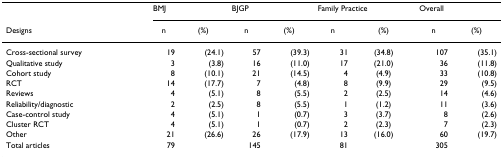
<table><thead><tr><td></td><td colspan="2"><b>BMJ</b></td><td colspan="2"><b>BJGP</b></td><td colspan="2"><b>Family Practice</b></td><td colspan="2"><b>Overall</b></td></tr><tr><td><b>Designs</b></td><td><b>n</b></td><td><b>(%)</b></td><td><b>n</b></td><td><b>(%)</b></td><td><b>n</b></td><td><b>(%)</b></td><td><b>n</b></td><td><b>(%)</b></td></tr></thead><tbody><tr><td>Cross-sectional survey</td><td>19</td><td>(24.1)</td><td>57</td><td>(39.3)</td><td>31</td><td>(34.8)</td><td>107</td><td>(35.1)</td></tr><tr><td>Qualitative study</td><td>3</td><td>(3.8)</td><td>16</td><td>(11.0)</td><td>17</td><td>(21.0)</td><td>36</td><td>(11.8)</td></tr><tr><td>Cohort study</td><td>8</td><td>(10.1)</td><td>21</td><td>(14.5)</td><td>4</td><td>(4.9)</td><td>33</td><td>(10.8)</td></tr><tr><td>RCT</td><td>14</td><td>(17.7)</td><td>7</td><td>(4.8)</td><td>8</td><td>(9.9)</td><td>29</td><td>(9.5)</td></tr><tr><td>Reviews</td><td>4</td><td>(5.1)</td><td>8</td><td>(5.5)</td><td>2</td><td>(2.5)</td><td>14</td><td>(4.6)</td></tr><tr><td>Reliability/diagnostic</td><td>2</td><td>(2.5)</td><td>8</td><td>(5.5)</td><td>1</td><td>(1.2)</td><td>11</td><td>(3.6)</td></tr><tr><td>Case-control study</td><td>4</td><td>(5.1)</td><td>1</td><td>(0.7)</td><td>3</td><td>(3.7)</td><td>8</td><td>(2.6)</td></tr><tr><td>Cluster RCT</td><td>4</td><td>(5.1)</td><td>1</td><td>(0.7)</td><td>2</td><td>(2.3)</td><td>7</td><td>(2.3)</td></tr><tr><td>Other</td><td>21</td><td>(26.6)</td><td>26</td><td>(17.9)</td><td>13</td><td>(16.0)</td><td>60</td><td>(19.7)</td></tr><tr><td>Total articles</td><td>79</td><td></td><td>145</td><td></td><td>81</td><td></td><td>305</td><td></td></tr></tbody></table>